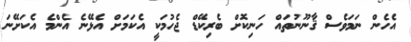
އެހެން ނަމަވެސް ޤާނޫނުތައް ހަނިކޮށް ބެރިކޭޑް ޖެހުމަކީ އެކަމަށް އެޅޭނެ އެންމެ އެކަށޭނަ